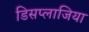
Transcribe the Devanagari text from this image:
डिसप्लाजिया